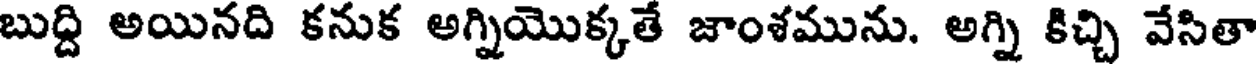
బుద్ది అయినది కనుక అగ్నియొక్కతే జాంశమును. అగ్ని కిచ్చి వేసితా